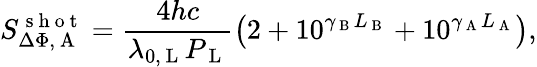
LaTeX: S_{\Delta\Phi,\mathrm{~A~}}^{\mathrm{~s~h~o~t~}}=\frac{4hc}{\lambda_{0,\mathrm{~L~}}P_{\mathrm{~L~}}}\left(2+10^{\gamma_{\mathrm{~B~}}L_{\mathrm{~B~}}}+10^{\gamma_{\mathrm{~A~}}L_{\mathrm{~A~}}}\right),